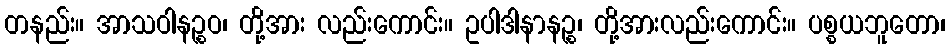
တနည်း။ အာသဝါနဉ္စဝ၊ တို့အား လည်းကောင်း။ ဥပါဒါနာနဉ္စ၊ တို့အားလည်းကောင်း။ ပစ္စယဘူတော၊